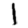
Digit: 1